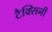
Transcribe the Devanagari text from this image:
टैक्सिनी